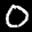
Label: 0